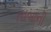
તાબાની